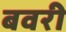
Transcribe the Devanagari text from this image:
बवरी